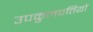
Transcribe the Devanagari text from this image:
उपकुलपतियों